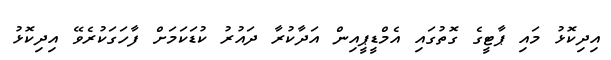
އިދިކޮޅު މައި ޕާޓީގެ ގޮތުގައި އެމްޑީޕީއިން އަދާކުރާ ދައުރު ކުޑަކަމަށް ފާހަގަކުރެވޭ އިދިކޮޅު